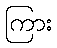
ကြား